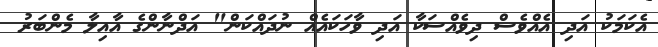
އެކަމަކު އަދި އެއްވެސް ދިވެއްސަކާ އަދި ވާހަކައެއް ނުދައްކަން" އަދްނާންގެ އާއިލާ މެންބަރު